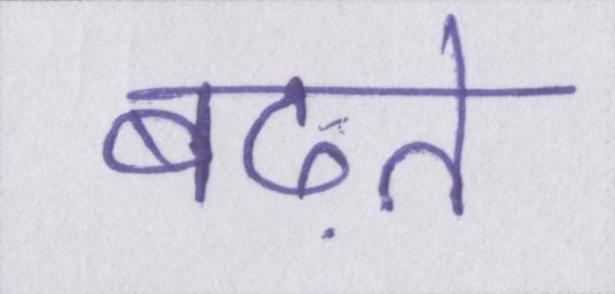
बढ़ते